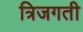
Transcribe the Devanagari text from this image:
त्रिजगती